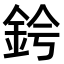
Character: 𫒑